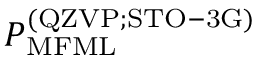
P _ { \mathrm { M F M L } } ^ { \mathrm { ( Q Z V P ; S T O - 3 G ) } }